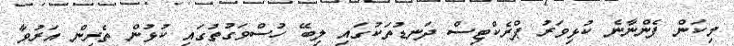
މިކަން ފެންނާނެ ކުޅިވަރު ޕްރެކްޓިސް ދަނޑުތަކުގައި ލިބޭ ހުސްވަގުތުގައި ކުޅުން ތެރިން އަރުވާ